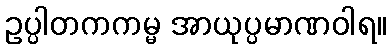
ဥပ္ပါတကကမ္မ အာယုပ္ပမာဏဝါရ။